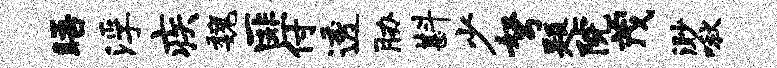
晤浮疾魏匪付透胁斟少弩题院茂渺啾